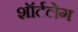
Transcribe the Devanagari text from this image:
शॉर्टलेग